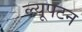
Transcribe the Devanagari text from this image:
ल्यूपटन